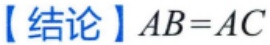
【结论】$AB = AC$